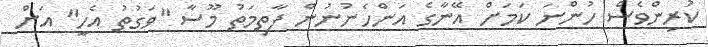
ކުރިންވެސް ހުންނަ ކަމަށް އޭނާގެ އަންހެނުނުން ފާތިމަތު މޫސާ "ވަގުތު އެހީ" އަށް